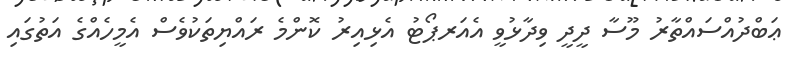
ޢަބްދުއްސައްތާރު މޫސާ ދީދީ ވިދާޅުވީ އެއަރޕޯޓު އެޅިއިރު ކޮންމެ ރައްޔިތަކުވެސް އެމީހެއްގެ އަތުގައި